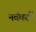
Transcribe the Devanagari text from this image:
नवंबरमें